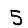
Digit: 5